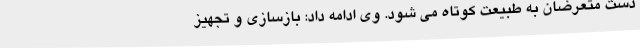
دست متعرضان به طبیعت کوتاه می شود. وی ادامه داد: بازسازی و تجهیز